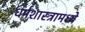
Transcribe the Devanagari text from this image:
धर्मशास्त्रामध्ये